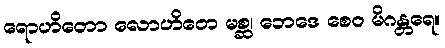
ရောဟိတော လောဟိတေ မစ္ဆ၊ ဘေဒေ စေဝ မိဂန္တရေ။